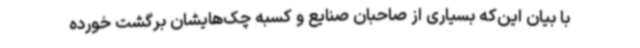
با بیان این‌که بسیاری از صاحبان صنایع و کسبه چک‌هایشان برگشت خورده